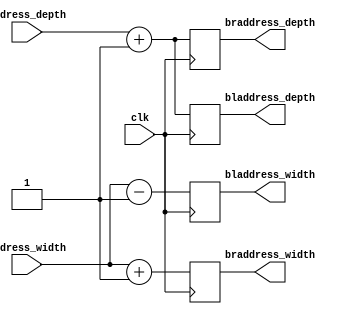
module kernel_blroperator (
        input address_width,
        input address_depth,
        input clk,      
        output bladdress_width,
        output bladdress_depth,
        output braddress_width,
        output braddress_depth
);
        always @(posedge clk) begin

                bladdress_width <= address_width - 1;
                bladdress_depth <= address_depth + 1;
                braddress_width <= address_width + 1;
                braddress_depth <= address_depth + 1;
        end 
        endmodule